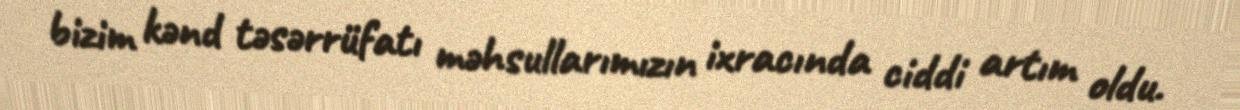
bizim kənd təsərrüfatı məhsullarımızın ixracında ciddi artım oldu.